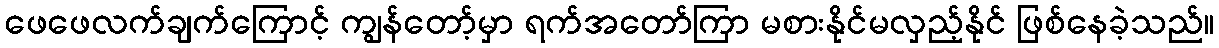
ဖေဖေလက်ချက်ကြောင့် ကျွန်တော့်မှာ ရက်အတော်ကြာ မစားနိုင်မလှည့်နိုင် ဖြစ်နေခဲ့သည်။